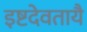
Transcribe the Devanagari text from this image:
इष्टदेवतायै